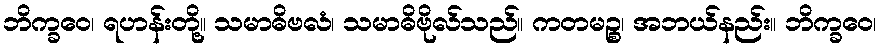
ဘိက္ခဝေ၊ ရဟန်းတို့။ သမာဓိဗလံ၊ သမာဓိဗိုလ်သည်။ ကတမဉ္စ၊ အဘယ်နည်း။ ဘိက္ခဝေ၊